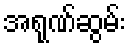
အရုဏ်ဆွမ်း